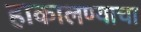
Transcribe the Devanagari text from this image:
हाकालण्याचा